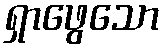
ရှာဖွေသော